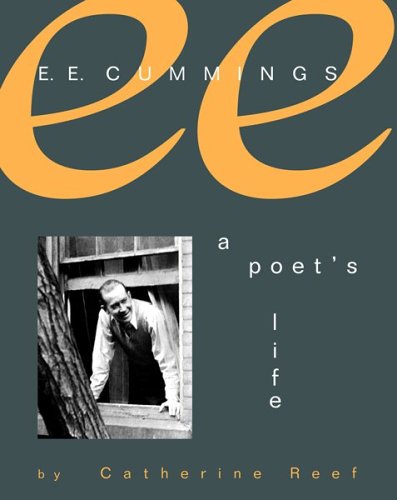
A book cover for E. E. Cummings: A Poet's Life; Catherine Reef; Teen & Young Adult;